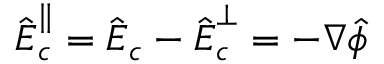
\hat { \boldsymbol E } _ { c } ^ { \parallel } = \hat { \boldsymbol E } _ { c } - \hat { \boldsymbol E } _ { c } ^ { \perp } = - \boldsymbol \nabla \hat { \phi }